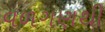
વળગણથી